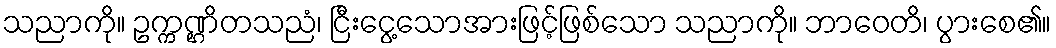
သညာကို။ ဥက္ကဏ္ဌိတသညံ၊ ငြီးငွေ့သောအားဖြင့်ဖြစ်သော သညာကို။ ဘာဝေတိ၊ ပွားစေ၏။